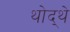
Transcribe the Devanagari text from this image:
थोद्थे